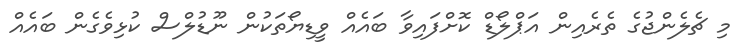
މި ޗެލެންޖުގެ ތެރެއިން އަޕްލޯޑް ކޮށްފައިވާ ބައެއް ވީޑިޔޯތަކުން ނޫޑުލްސް ކުޅިވެގެން ބައެއް